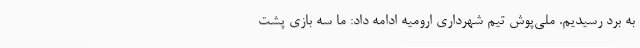
به برد رسیدیم. ملی‌پوش تیم شهرداری ارومیه ادامه داد: ما سه بازی پشت